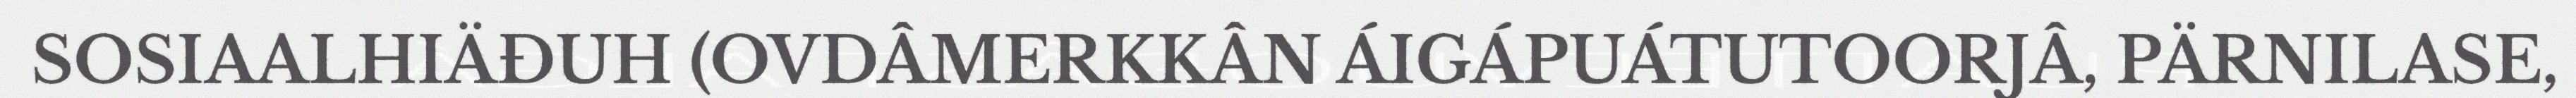
SOSIAALHIÄĐUH (OVDÂMERKKÂN ÁIGÁPUÁTUTOORJÂ, PÄRNILASE,